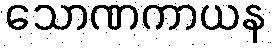
သောဏကာယန